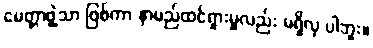
မေတ္တာဖွဲ့သာ ဖြစ်ကာ နာမည်ထင်ရှားမှုလည်း မရှိလှ ပါဘူး။